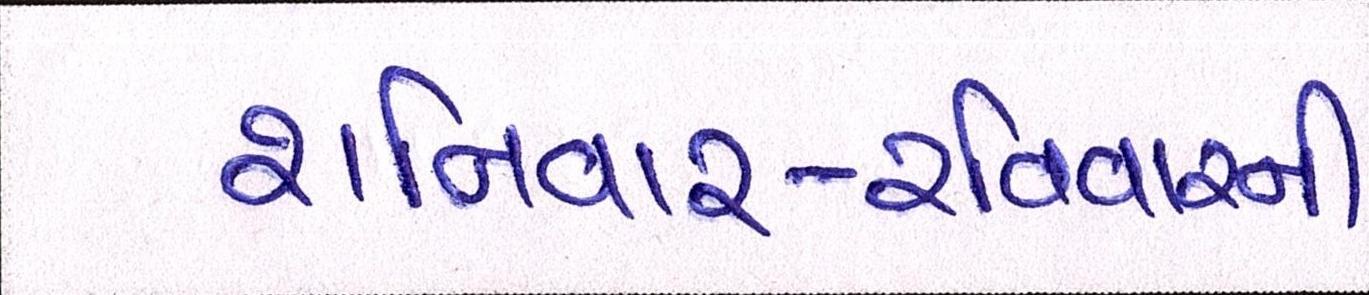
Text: શનિવાર-રવિવારની